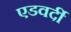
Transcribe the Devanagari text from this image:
एडवर्दी